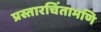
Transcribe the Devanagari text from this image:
प्रस्तारचिंतामणि